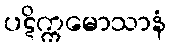
ပဋိက္ကမောသာနံ